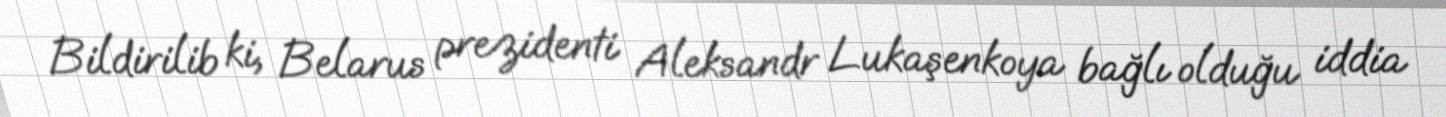
Bildirilib ki, Belarus prezidenti Aleksandr Lukaşenkoya bağlı olduğu iddia